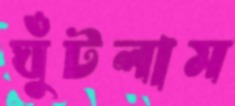
ঘুঁটলাম